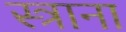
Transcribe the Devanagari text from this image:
स्त्राना